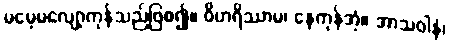
မမေ့မလျော့ကုန်သည်ဖြစ၍။ ဝိဟရိဿာမ၊ နေကုန်အံ့။ အာသဝါနံ၊